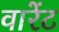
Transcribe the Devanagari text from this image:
वारेंट